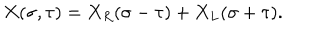
LaTeX: X ( \sigma , \tau ) = X _ { R } ( \sigma - \tau ) + X _ { L } ( \sigma + \tau ) .